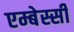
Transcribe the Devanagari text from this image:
एम्बेस्सी